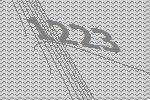
1223